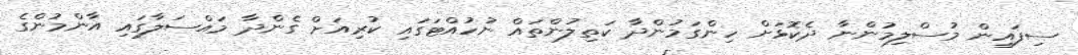
ސިފައިން މުސްލިމުންނާ ދެކޮޅަށް ހިންގަމުންދާ ކަތިލުންތައް ނުހުއްޓަގައި ކުރިއަށް ގެންދާ މައްސަލާގައި އާންމުންގެ